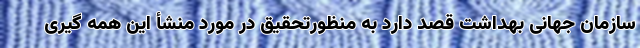
سازمان جهانی بهداشت قصد دارد به منظورتحقیق در مورد منشأ این همه گیری